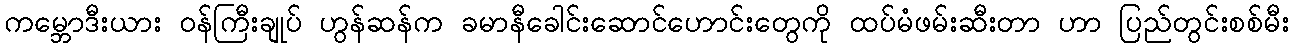
ကမ္ဘောဒီးယား ဝန်ကြီးချုပ် ဟွန်ဆန်က ခမာနီခေါင်းဆောင်ဟောင်းတွေကို ထပ်မံဖမ်းဆီးတာ ဟာ ပြည်တွင်းစစ်မီး